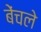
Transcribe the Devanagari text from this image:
बेंचले